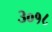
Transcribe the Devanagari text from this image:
३०१८